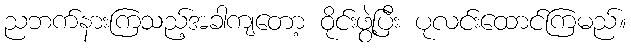
ညဘက်နားကြသည့်အခါကျတော့ ဝိုင်းဖွဲ့ပြီး ပုလင်းထောင်ကြမည်။